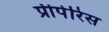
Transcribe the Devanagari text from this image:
प्रीपेरिस